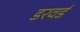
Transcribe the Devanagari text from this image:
डरवर्ड